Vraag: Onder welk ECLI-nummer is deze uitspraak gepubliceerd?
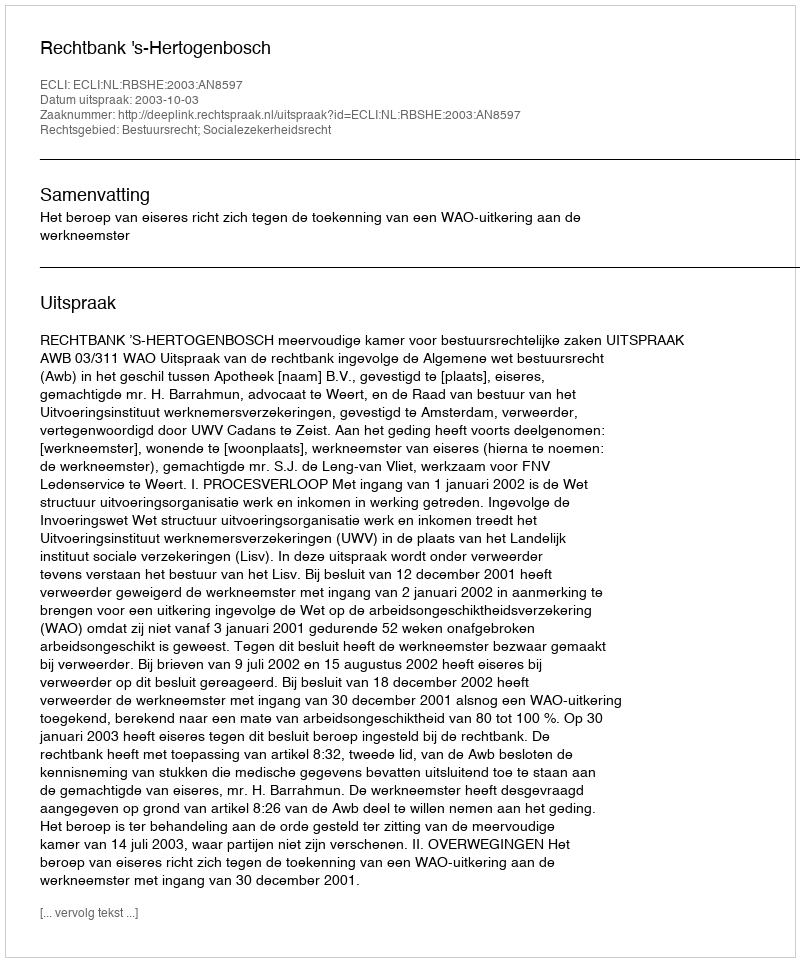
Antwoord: ECLI:NL:RBSHE:2003:AN8597